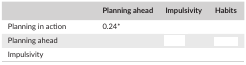
<table><thead><tr><td>[EMPTY_CELL]</td><td><b>Planning ahead</b></td><td><b>Impulsivity</b></td><td><b>Habits</b></td></tr></thead><tbody><tr><td>Planning in action</td><td>0.24a</td><td>[EMPTY_CELL]</td><td>[EMPTY_CELL]</td></tr><tr><td>Planning ahead</td><td>[EMPTY_CELL]</td><td>[EMPTY_CELL]</td><td>[EMPTY_CELL]</td></tr><tr><td>Impulsivity</td><td>[EMPTY_CELL]</td><td>[EMPTY_CELL]</td><td>[EMPTY_CELL]</td></tr></tbody></table>